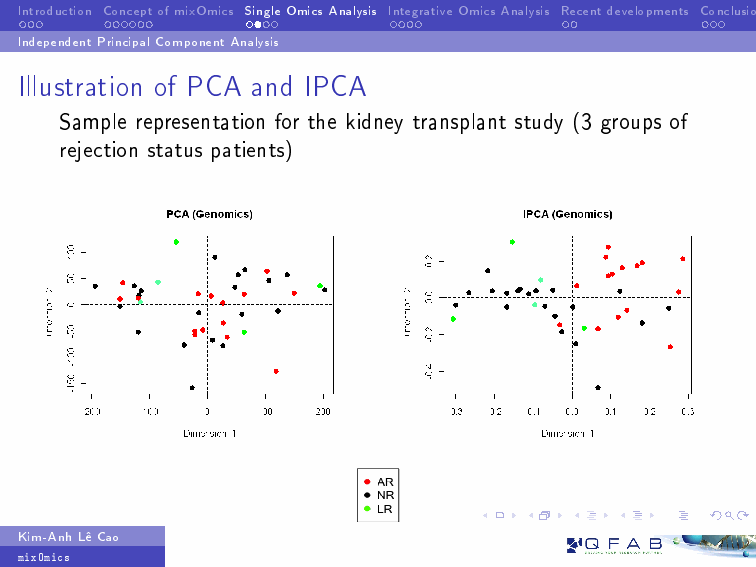
Introduction ConceptofmixOmics SingleOmicsAnalysis IntegrativeOmicsAnalysis Recentdevelopments Conclusions
 IndependentPrincipalComponentAnalysis
 Illustration of PCA and IPCA
 Sample representation for the kidney transplant study (3 groups of
 rejection status patients)
 Kim-AnhLŒCao
 mixOmics